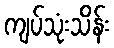
ကျပ်သုံးသိန်း